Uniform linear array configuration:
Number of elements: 48
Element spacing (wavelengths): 0.25
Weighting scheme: binomial
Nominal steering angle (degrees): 60
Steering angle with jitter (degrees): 60.924
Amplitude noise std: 0.05
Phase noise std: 0.05

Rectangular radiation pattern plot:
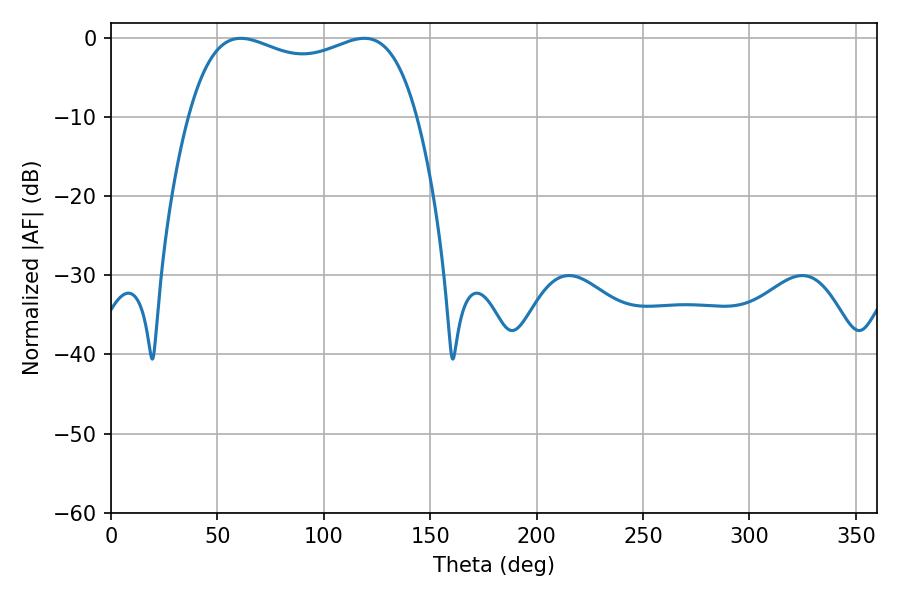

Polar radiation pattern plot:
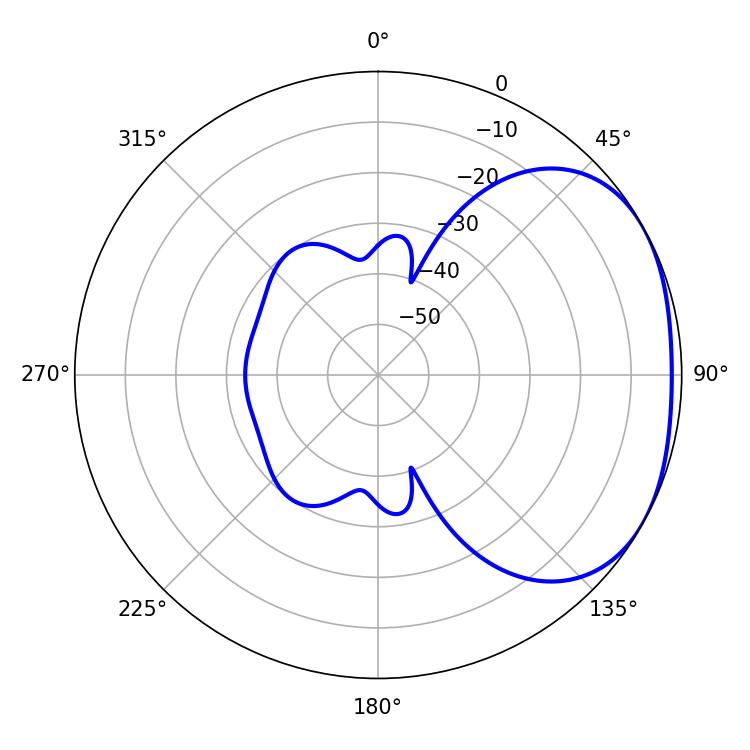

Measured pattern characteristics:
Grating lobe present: FALSE
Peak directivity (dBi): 2.269
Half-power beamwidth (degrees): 87.84
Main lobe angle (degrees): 61.02